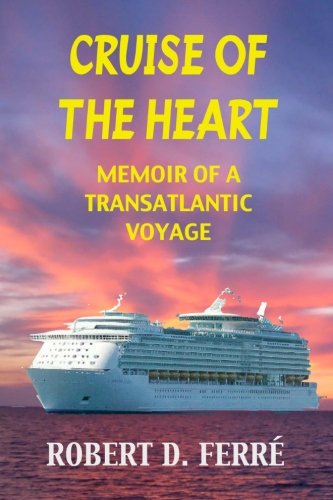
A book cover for Cruise of the Heart: Memoir of a Transatlantic Cruise; Robert D. FerrÃ©; Travel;